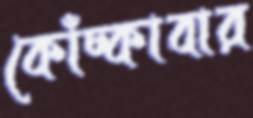
কোঁচ্‌কাবার